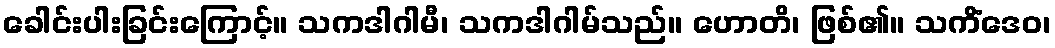
ခေါင်းပါးခြင်းကြောင့်။ သကဒါဂါမီ၊ သကဒါဂါမ်သည်။ ဟောတိ၊ ဖြစ်၏။ သကိံဒေဝ၊